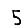
Digit: 5